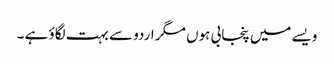
ویسے میں پنجابی ہوں مگر اردو سے بہت لگاؤ ہے ۔